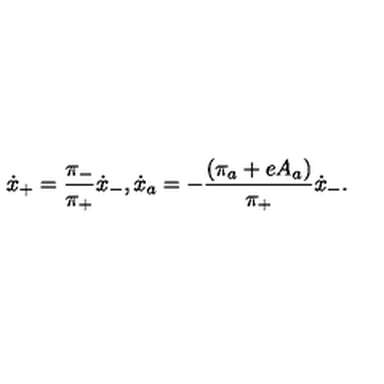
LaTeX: \dot { x } _ { + } = \frac { \pi _ { - } } { \pi _ { + } } \dot { x } _ { - } , \dot { x } _ { a } = - \frac { ( \pi _ { a } + e A _ { a } ) } { \pi _ { + } } \dot { x } _ { - } .